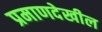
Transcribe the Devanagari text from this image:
प्रमाणदेखील